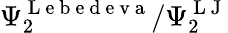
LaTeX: \Psi_{2}^{\mathrm{~L~e~b~e~d~e~v~a~}}/\Psi_{2}^{\mathrm{~L~J~}}